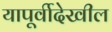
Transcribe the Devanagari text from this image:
यापूर्वीदेखील